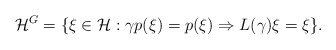
\begin{gather*}{\mathcal H}^G=\{\xi\in {\mathcal H}: \gamma p(\xi)=p(\xi)\Rightarrow L(\gamma)\xi=\xi\}.\end{gather*}